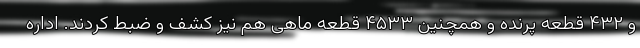
و ۴۳۲ قطعه پرنده و همچنین ۴۵۳۳ قطعه ماهی هم نیز کشف و ضبط کردند. اداره